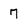
Character: 7